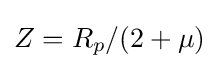
Z=R_{p}/(2+\mu )